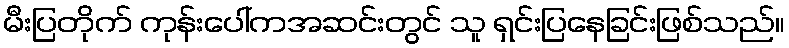
မီးပြတိုက် ကုန်းပေါ်ကအဆင်းတွင် သူ ရှင်းပြနေခြင်းဖြစ်သည်။